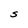
Character: S